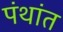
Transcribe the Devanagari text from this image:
पंथांत